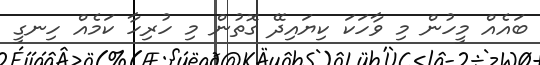
ބައެއް މީހުން މި ވާހަކަ ކިޔައިދޭ ގޮތުން މި ހުރިހާ ކަމެއް ހިނގީ